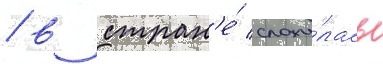
/ в стран'е́ сложи́лась